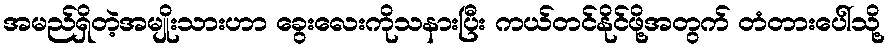
အမည်ရှိတဲ့အမျိုးသားဟာ ခွေးလေးကိုသနားပြီး ကယ်တင်နိုင်ဖို့အတွက် တံတားပေါ်သို့